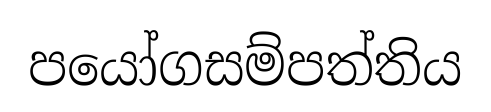
පයෝගසම්පත්තිය